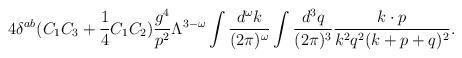
LaTeX: \begin{align*}4\delta^{ab} (C_1C_3+{1\over 4}C_1C_2) {g^4 \over p^2} \Lambda^{3-\omega}\int {d^\omega k \over (2\pi)^\omega} \int {d^3 q\over (2\pi)^3}{k\cdot p \over k^2 q^2 (k+p+q)^2} .\end{align*}